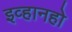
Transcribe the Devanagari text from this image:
इव्हानहो